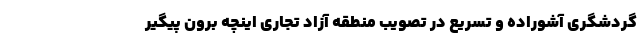
گردشگری آشوراده و تسریع در تصویب منطقه آزاد تجاری اینچه برون پیگیر